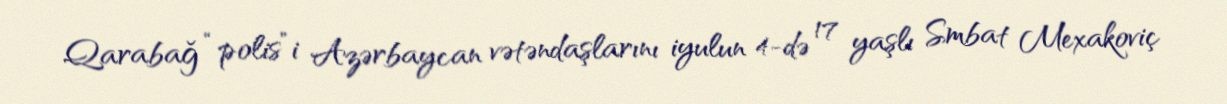
Qarabağ “polis”i Azərbaycan vətəndaşlarını iyulun 4-də 17 yaşlı Smbat Mexakoviç